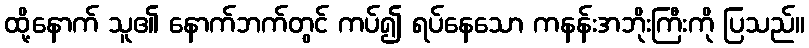
ထို့နောက် သူ၏ နောက်ဘက်တွင် ကပ်၍ ရပ်နေသော ကနန်းအဘိုးကြီးကို ပြသည်။